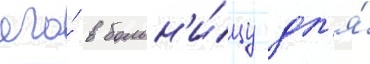
его́ в больн'и́цу дл'я́